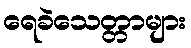
ရေခဲသေတ္တာများ